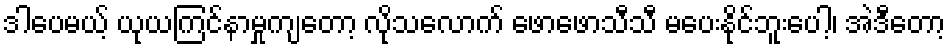
ဒါပေမယ့် ယုယကြင်နာမှုကျတော့ လိုသလောက် ဖောဖောသီသီ မပေးနိုင်ဘူးပေါ့၊ အဲဒီတော့